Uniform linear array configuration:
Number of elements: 24
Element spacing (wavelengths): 0.75
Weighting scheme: blackman
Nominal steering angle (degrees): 45
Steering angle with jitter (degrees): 43.535
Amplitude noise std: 0.05
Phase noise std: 0.05

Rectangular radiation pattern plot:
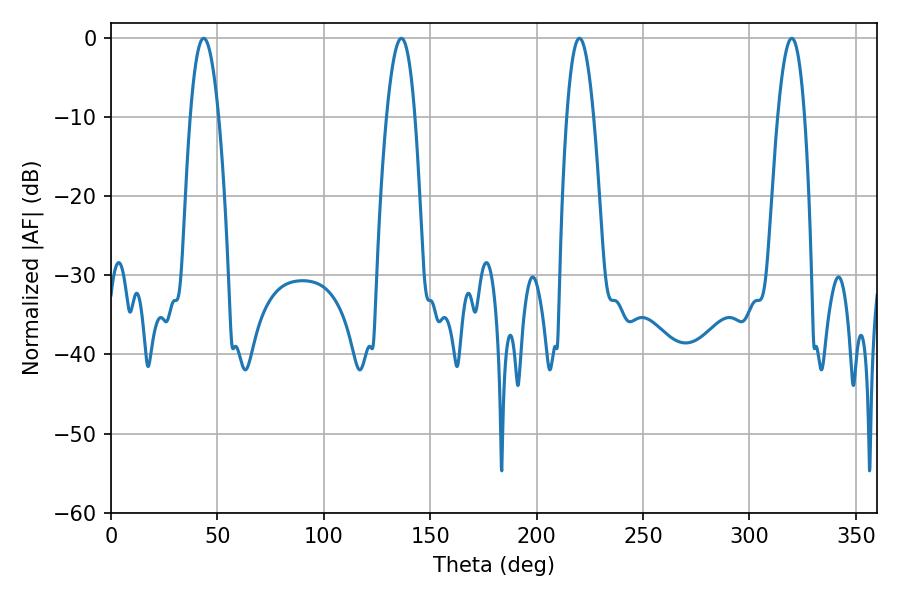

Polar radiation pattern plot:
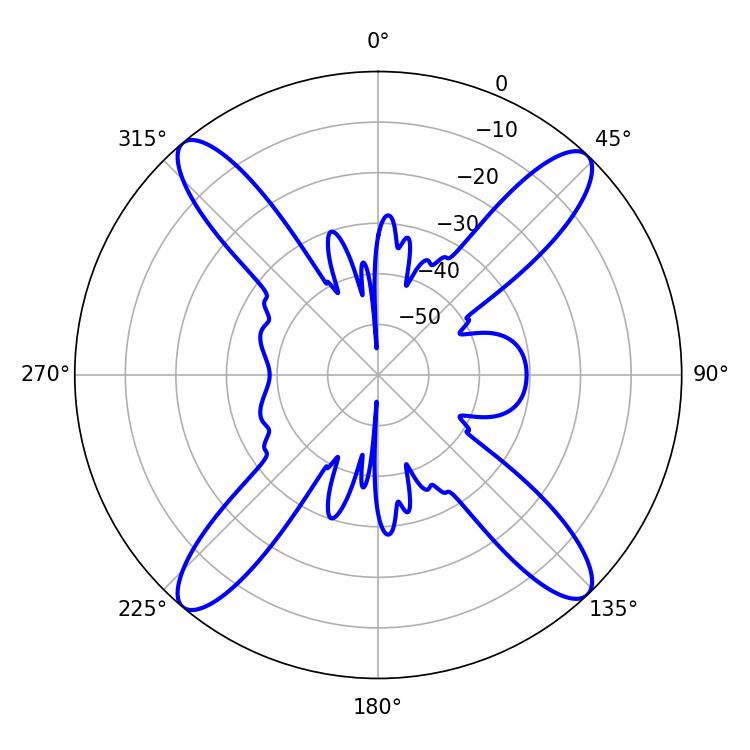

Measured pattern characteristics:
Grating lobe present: TRUE
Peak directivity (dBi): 19.62
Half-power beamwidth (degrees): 7.38
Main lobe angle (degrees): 43.56